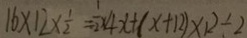
1 6 \times 1 2 \times \frac { 1 } { 2 } = \frac { 1 } { 2 } \times 4 x + ( x + 1 2 ) \times 1 2 \div 2